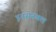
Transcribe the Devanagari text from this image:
इनसेनबल